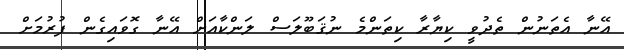
އޭނާ އެތަނުން ތެދުވީ ކިޔާރާ ކިތަންމެ ނުޤަބޫލަސް ލަންކާއަށް އޭނާ ގޮވައިގެން ފުރުމަށް